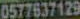
0577637129